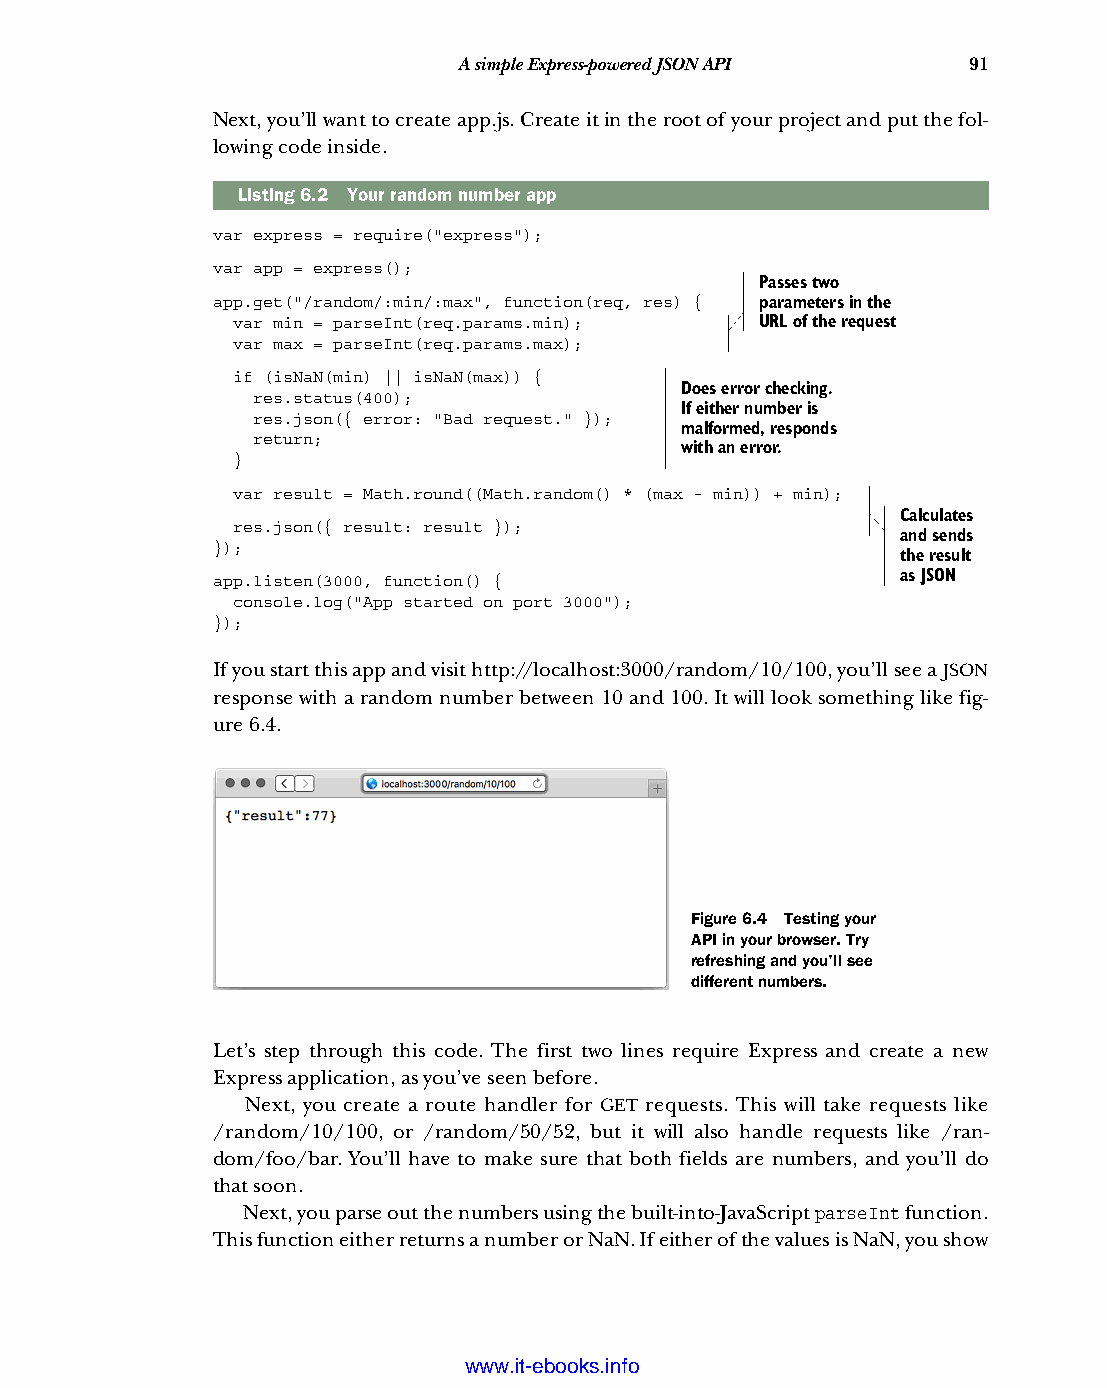
A simple Express-powered JSON API 91
 Next, you’ll want to create app.js. Create it in the root of your project and put the fol-
 lowing code inside.
 Listing6.2 Your random number app
 var express = require("express");
 var app = express();
 Passes two
 app.get("/random/:min/:max", function(req, res) { parameters in the
 var min = parseInt(req.params.min); URL of the request
 var max = parseInt(req.params.max);
 if (isNaN(min) || isNaN(max)) {
 Does error checking.
 res.status(400);
 If either number is
 res.json({ error: "Bad request." });
 malformed, responds
 return;
 with an error.
 }
 var result = Math.round((Math.random() * (max - min)) + min);
 Calculates
 res.json({ result: result });
 and sends
 });
 the result
 app.listen(3000, function() {                 as JSON
 console.log("App started on port 3000");
 });
 If you start this app and visit http://localhost:3000/random/10/100, you’ll see a JSON
 response with a random number between 10 and 100. It will look something like fig-
 ure 6.4.
 Figure 6.4 Testing your
 API in your browser. Try
 refreshing and you’ll see
 different numbers.
 Let’s step through this code. The first two lines require Express and create a new
 Express application, as you’ve seen before.
 Next, you create a route handler for GET requests. This will take requests like
 /random/10/100, or /random/50/52, but it will also handle requests like /ran-
 dom/foo/bar. You’ll have to make sure that both fields are numbers, and you’ll do
 that soon.
 Next, you parse out the numbers using the built-into-JavaScript parseInt function.
 This function either returns a number or NaN. If either of the values is NaN, you show
 Licensed wtow w <.mit-ielebro.8o8k8s@.ingfomail.com>